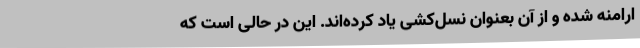
ارامنه شده و از آن بعنوان نسل‌کشی یاد کرده‌اند. این در حالی است که